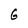
Character: G